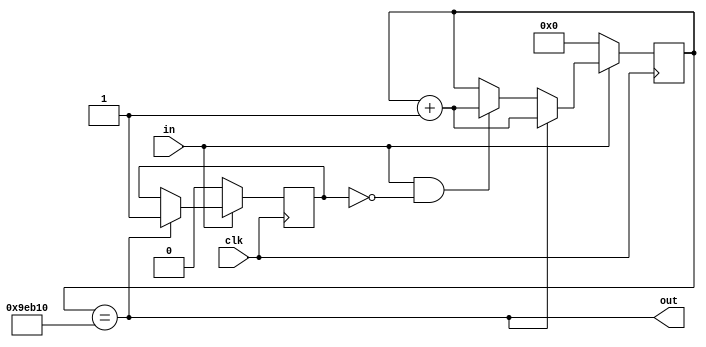
module debounce( input clk,input in,output out);

parameter limit = 20'd650000;

reg [19:0] counter;
reg hit;

assign out = (counter == limit);

always@(posedge clk) begin
        if(!in) begin
		counter <= 0;
		hit <= 0;        
        end 
		  else if(counter == limit) begin
		hit <= 1;
		counter <= counter + 1;
	end 
	else if(in & !hit) begin
		counter <= counter + 1;
	end
end

endmodule